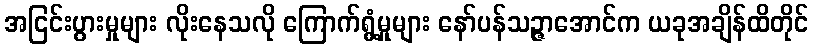
အငြင်းပွားမှုများ လိုးနေသလို ကြောက်ရွံ့မှုများ နော်ပန်သဉ္ဇာအောင်က ယခုအချိန်ထိတိုင်